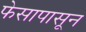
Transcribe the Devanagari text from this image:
फेसापासून